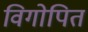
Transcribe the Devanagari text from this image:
विगोपित